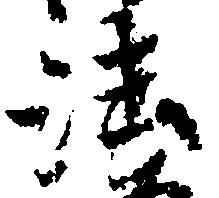
法